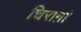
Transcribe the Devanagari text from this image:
चिराग़ां